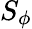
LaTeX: S_{\phi}